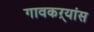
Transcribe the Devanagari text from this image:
गावकऱ्यांस